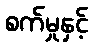
စက်မှုနှင့်